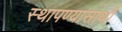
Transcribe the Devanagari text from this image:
स्थापण्यासाथी